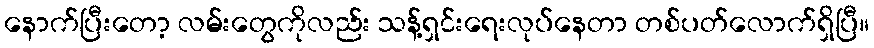
နောက်ပြီးတော့ လမ်းတွေကိုလည်း သန့်ရှင်းရေးလုပ်နေတာ တစ်ပတ်လောက်ရှိပြီ။